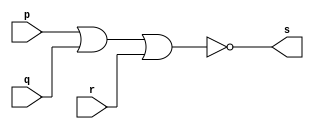
// ---------------------
// Guia 01 Ex2 - NOR
// Nome:lvaro Henrique de Arajo Rungue
// ---------------------

// ---------------------
// -- and gate
// ---------------------

module norgate (s, p, q ,r);
 output s;
 input  p, q , r;

 assign s = ~(p  | q | r);

endmodule // norgate

// ---------------------
// -- test nor gate
// ---------------------

module testnorgate;
 reg   a, b , c ;
 wire  s;
          // instancia
 norgate NOR1 (s, a, b ,c);
 
          // parte principal
 initial begin
      $display("Exemplo 01_01 - xxx yyy zzz - 999999");
      $display("Test NOR gate");
      $display("\na | b  | c = s\n");
      a=0; b=0; c=0;
  #1  $display("%b | %b | %b = %b", a, b , c, s);
      a=0; b=0;c=1;
  #1  $display("%b | %b | %b = %b", a, b, c , s);
      a=0; b=1;c=0;
  #1  $display("%b | %b | %b = %b", a, b, c ,s);
      a=0; b=1;c=1;
  #1  $display("%b | %b | %b = %b", a, b, c ,s);
 		a=1; b=0;c=0;
  #1  $display("%b | %b | %b = %b", a, b , c, s);
      a=1; b=0;c=1;
  #1  $display("%b | %b | %b = %b", a, b, c , s);
      a=1; b=1;c=0;
  #1  $display("%b | %b | %b = %b", a, b, c ,s);
      a=1; b=1;c=1;
  #1  $display("%b | %b | %b = %b", a, b, c ,s);
 end

endmodule // testnorgate